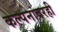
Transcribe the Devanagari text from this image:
कल्पनांवरही